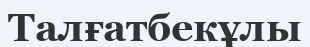
Талғатбекұлы